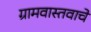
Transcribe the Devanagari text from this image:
ग्रामवास्तवाचे